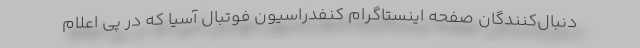
دنبال‌کنندگان صفحه اینستاگرام کنفدراسیون فوتبال آسیا که در پی اعلام